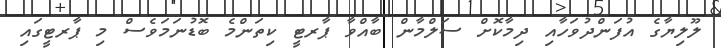
ލޫލިޔާގެ އުފަންދުވަހާއި ދިމާކޮށް ސަލްމާން ބާއްވާ ޕާރޓީ ކިތަންމެ ބޮޑުނަމަވެސް މި ޕާރޓީގައި